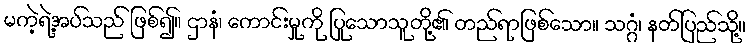
မကဲ့ရဲ့အပ်သည် ဖြစ်၍။ ဌာနံ၊ ကောင်းမှုကို ပြုသောသူတို့၏ တည်ရာဖြစ်သော။ သဂ္ဂံ၊ နတ်ပြည်သို့။